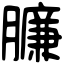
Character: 臁